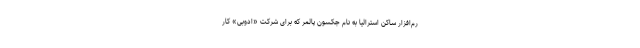
رم‌افزار ساکن استرالیا به نام جکسون پالمر که برای شرکت «ادوبی» کار